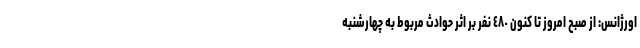
اورژانس: از صبح امروز تا کنون ٤٨٠ نفر بر اثر حوادث مربوط به چهارشنبه